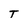
Character: T